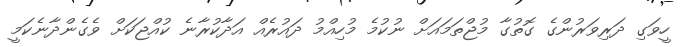
ހީވަގި ދަރިވަރުންގެ ގޮތުގާ މުޖްތަމައަށް ނުކުމެ މުހިއްމު ދައުރެއް އަދާކުރާނެ ކުއްޖަކަށް ވެގެންދާނެކަމީ